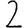
Digit: 2